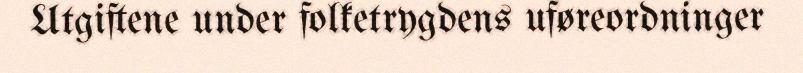
Utgiftene under folketrygdens uføreordninger